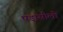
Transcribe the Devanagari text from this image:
पड़ासौली